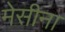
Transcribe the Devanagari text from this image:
मेसीना